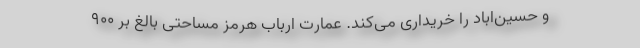
و حسین‌اباد را خریداری می‌کند. عمارت ارباب هرمز مساحتی بالغ بر ٩٠٠